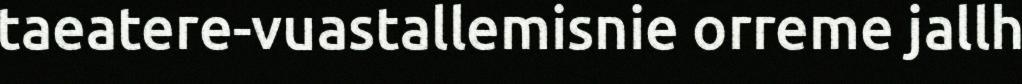
taeatere-vuastallemisnie orreme jallh